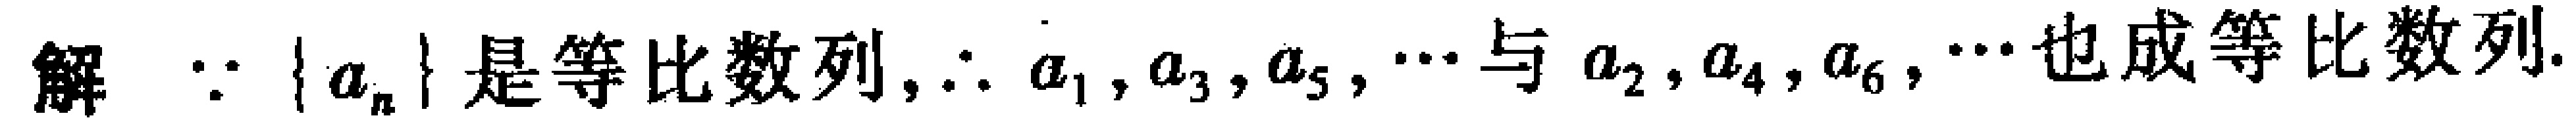
解 $\because \{ a_{n}\}$ 是等比数列, $\therefore a_{1},a_{3},a_{5},\cdots$ 与 $a_{2},a_{4},a_{6},\cdots$ 也成等比数列。